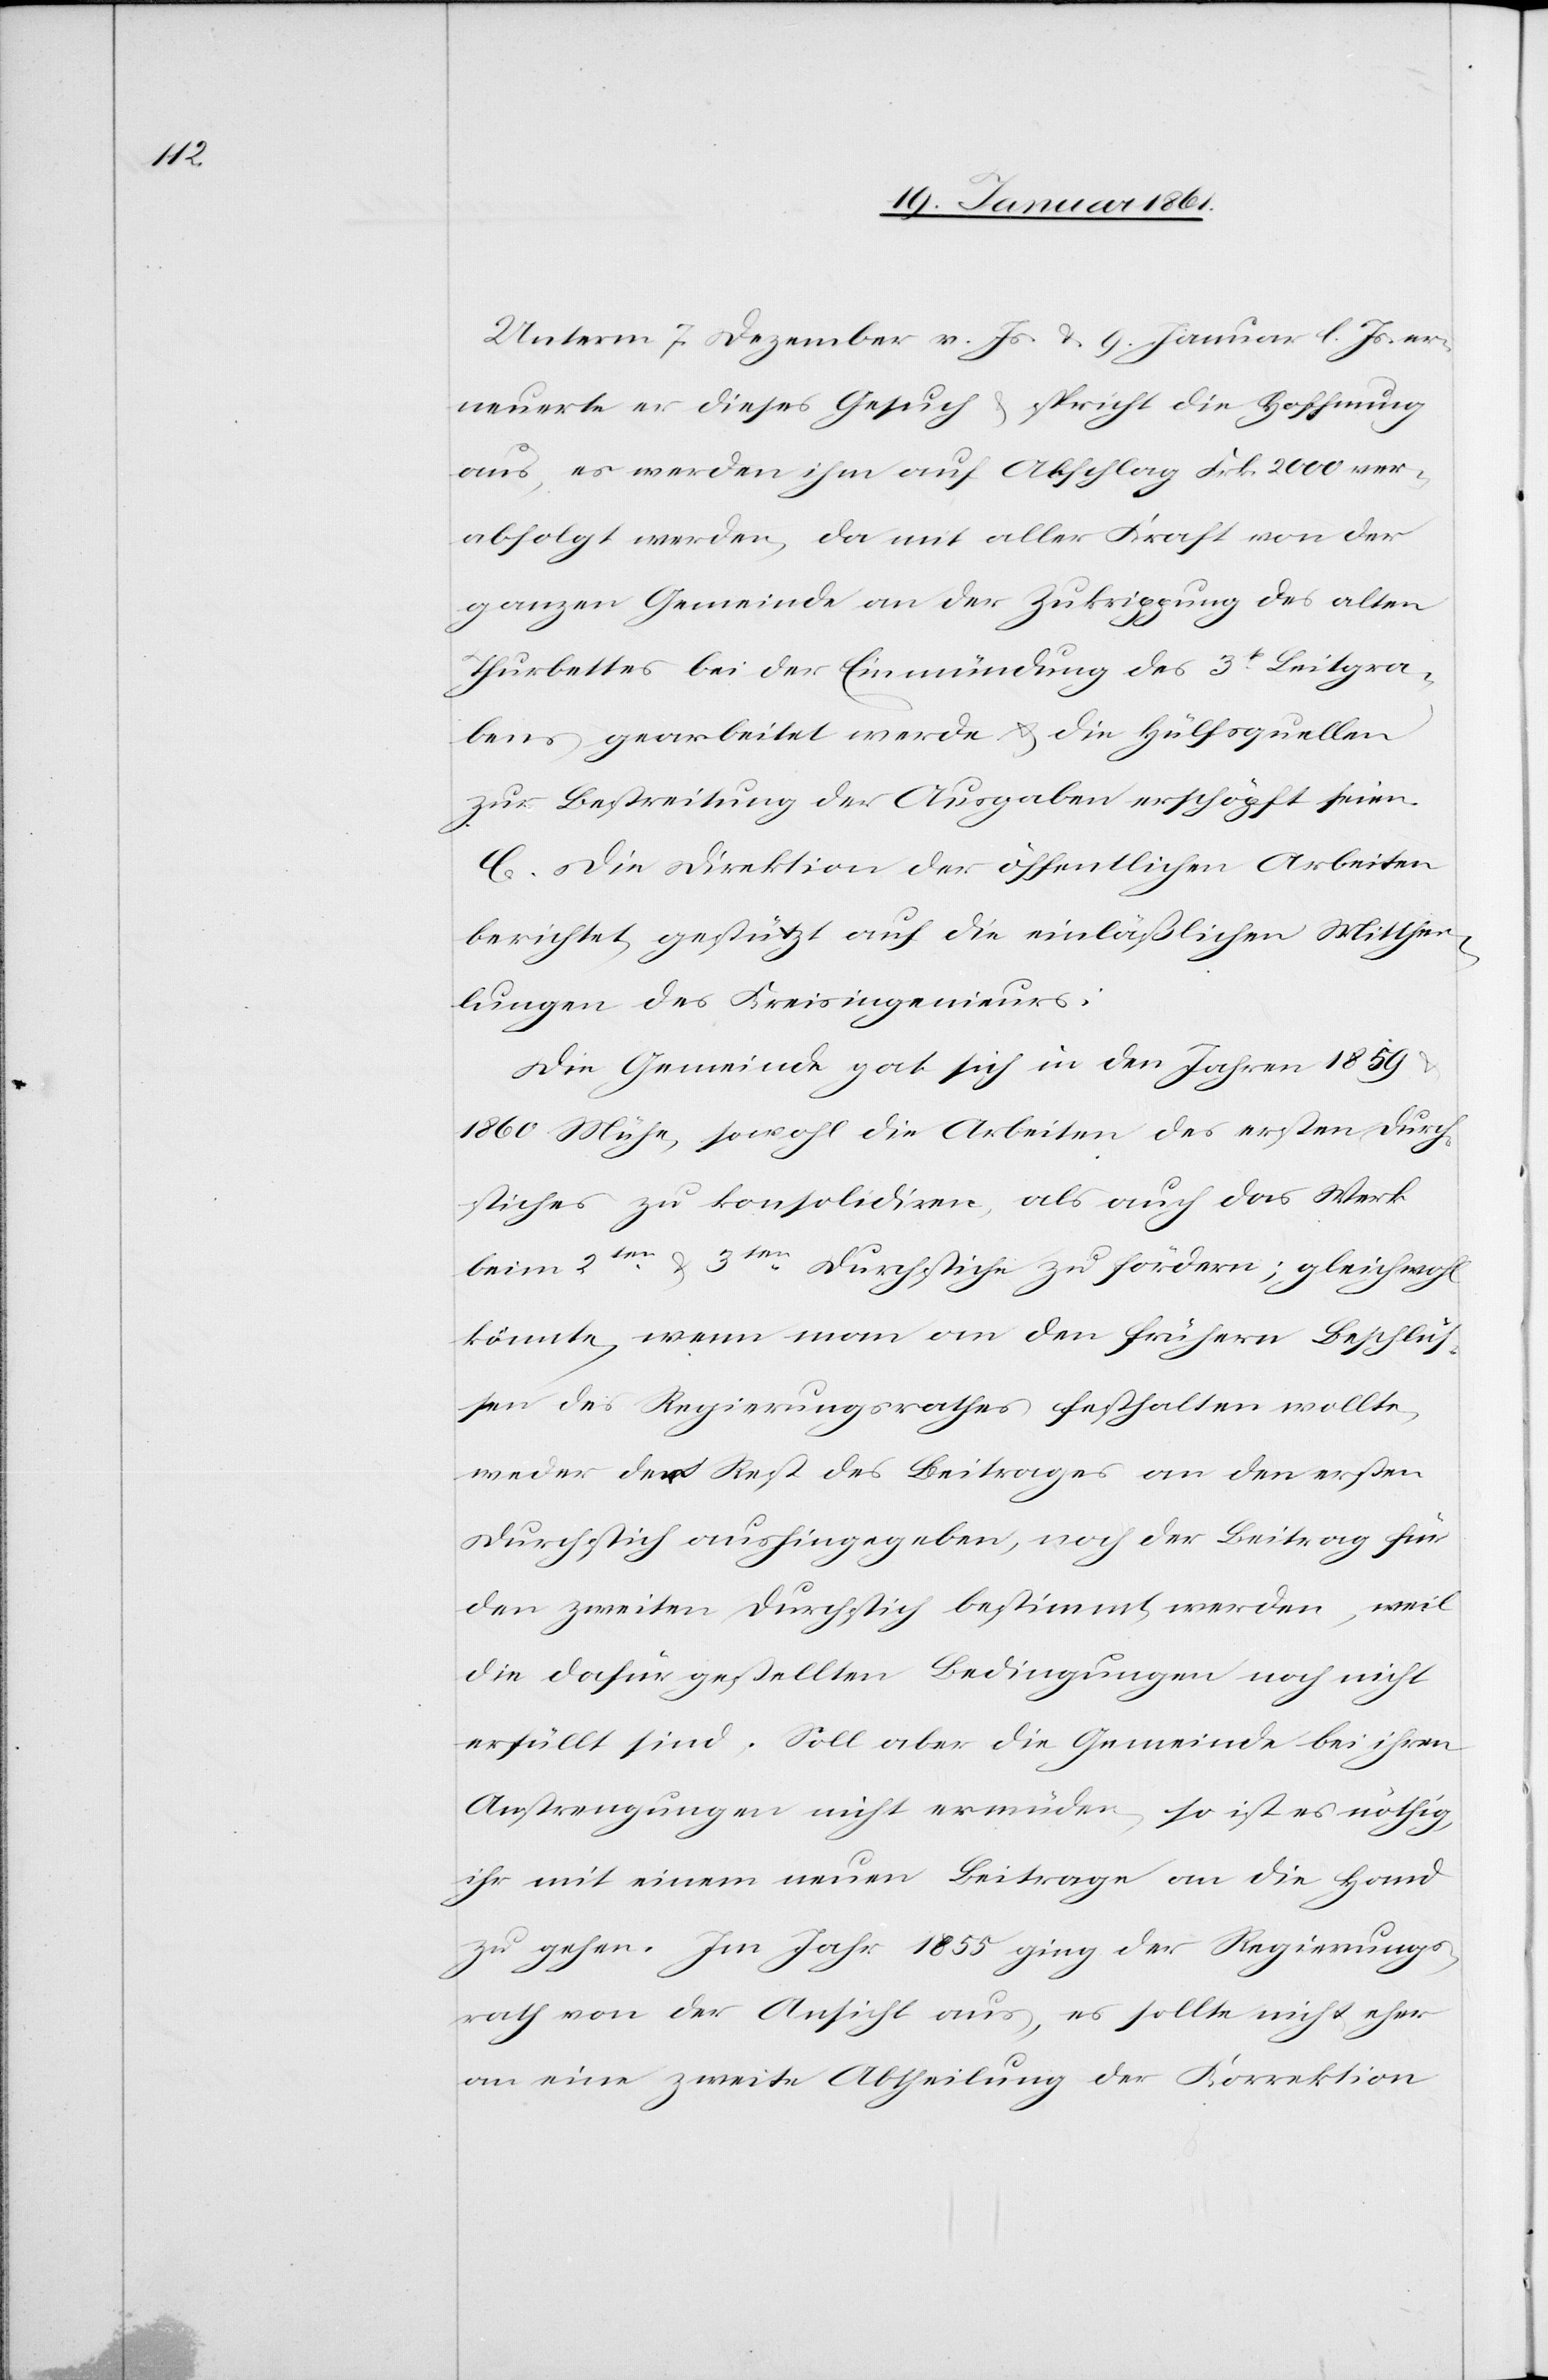
Unterm 7. Dezember v. Js. u. 9. Januar l. Js. er¬
neuerte er dieses Gesuch u. spricht die Hoffnung
aus, es werden ihm auf Abschlag Frk. 2000 ver¬
abfolgt werden, da mit aller Kraft von der
ganzen Gemeinde an der Zukrippung des alten
Thurbettes bei der Einmündung des 3t Leitgra¬
bens gearbeitet werde u. die Hülfsquellen
zur Bestreitung der Ausgaben erschöpft seien.
C. Die Direktion der öffentlichen Arbeiten
berichtet gestützt auf die einläßlichen Mitthei¬
lungen des Kreisingenieurs:
Die Gemeinde gab sich in den Jahren 1859 u.
1860 Mühe, sowohl die Arbeiten des ersten Durch¬
stiches zu konsolidiren, als auch das Werk
beim 2ten u.3ten Durchstiche zu fördern; gleichwohl
könnte, wenn man an den frühern Beschlüs¬
sen des Regierungsrathes festhalten wollte,
weder der Rest des Beitrages an den ersten
Durchstich aushingegeben, noch der Beitrag für
den zweiten Durchstich bestimmt werden, weil
die dafür gestellten Bedingungen noch nicht
erfüllt sind. Soll aber die Gemeinde bei ihren
Anstrengungen nicht ermüden, so ist es nöthig,
ihr mit einem neuen Beitrage an die Hand
zu gehen. Im Jahr 1855 ging der Regierungs¬
rath von der Ansicht aus, es sollte nicht eher
an eine zweite Abtheilung der Korrektion